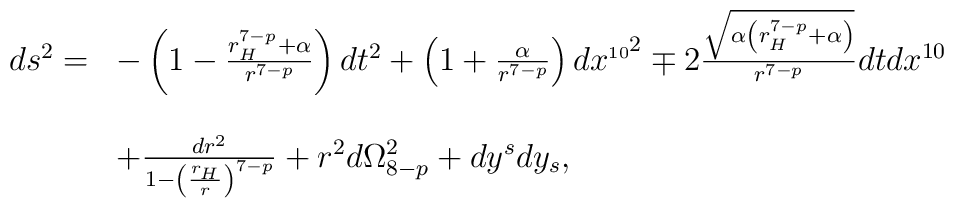
\begin{array}{ll}ds^{2}= & -\left(1-\frac{r_{H}^{7-p}+\alpha}{r^{7-p}}\right)dt^{2}+\left(1+\frac{\alpha}{r^{7-p}}\right)dx^{\scriptscriptstyle{10}^{\scriptstyle{2}}} \mp2\frac{\sqrt{\alpha \left(r_{H}^{7-p}+\alpha \right)}}{r^{7-p}}dtdx^{10}\\\\  & +\frac{dr^{2}}{1-\left(\frac{r_{H}}{r}\right)^{7-p}} +r^{2}d\Omega _{8-p}^{2}+dy^{s}dy_{s},\end{array}